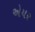
એયર